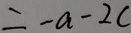
= - a - 2 c